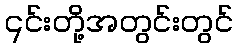
၎င်းတို့အတွင်းတွင်